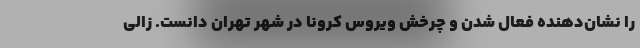
را نشان‌دهنده فعال شدن و چرخش ویروس کرونا در شهر تهران دانست. زالی